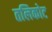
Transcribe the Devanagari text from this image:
तलिकोट